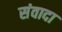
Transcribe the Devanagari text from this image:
संवादा